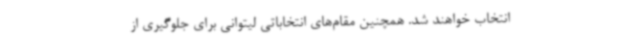
انتخاب خواهند شد. همچنین مقام‌های انتخاباتی لیتوانی برای جلوگیری از